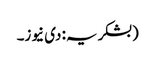
(بشکریہ: دی نیوز۔